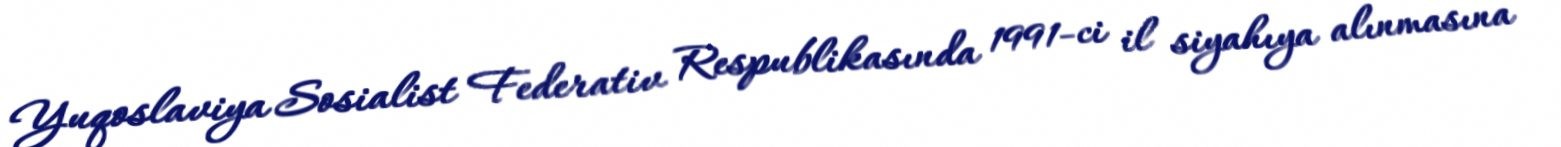
Yuqoslaviya Sosialist Federativ Respublikasında 1991-ci il siyahıya alınmasına